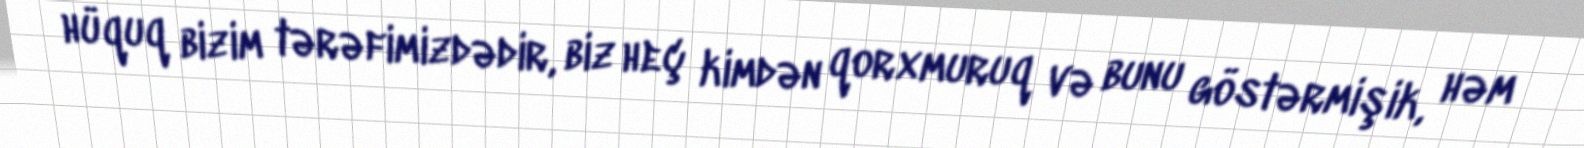
hüquq bizim tərəfimizdədir, biz heç kimdən qorxmuruq və bunu göstərmişik, həm